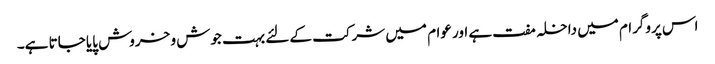
اس پروگرام میں داخلہ مفت ہے اور عوام میں شرکت کے لئے بہت جوش و خروش پایا جاتا ہے۔